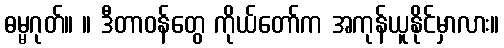
ဓမ္မဂုတ်။ ။ ဒီတာဝန်တွေ ကိုယ်တော်က အကုန်ယူနိုင်မှာလား။